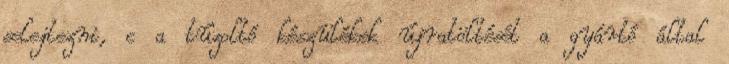
selejtezni, c a tûzoltó készülékek újratöltését a gyártó által